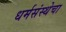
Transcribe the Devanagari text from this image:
धर्मसंस्थेचा